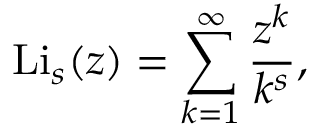
\mathrm { L i } _ { s } ( z ) = \sum _ { k = 1 } ^ { \infty } \frac { z ^ { k } } { k ^ { s } } ,